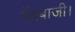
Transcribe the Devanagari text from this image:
गेंदबाजी।